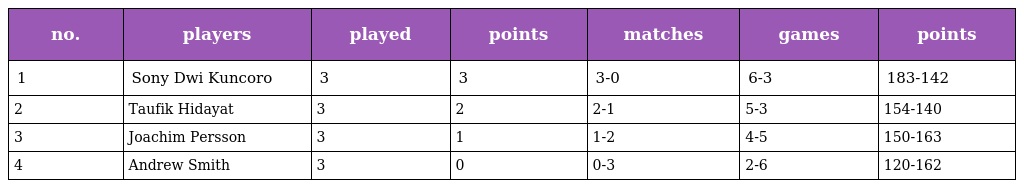
| no. | players | played | points | matches | games | points |
 | --- | --- | --- | --- | --- | --- | --- |
 | 1 | Sony Dwi Kuncoro | 3 | 3 | 3-0 | 6-3 | 183-142 |
 | 2 | Taufik Hidayat | 3 | 2 | 2-1 | 5-3 | 154-140 |
 | 3 | Joachim Persson | 3 | 1 | 1-2 | 4-5 | 150-163 |
 | 4 | Andrew Smith | 3 | 0 | 0-3 | 2-6 | 120-162 |